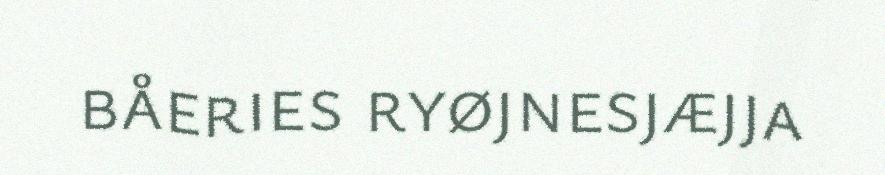
båeries ryøjnesjæjja